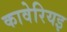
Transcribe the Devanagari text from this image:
कावेरियइ